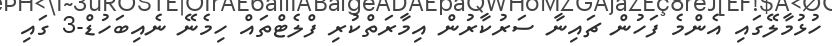
ހުޅުމާލޭގައި އެންމެ ފަހުން ޗައިނާ ސަރުކާރުން އިމާރަތްކުރި ފްލެޓްތައް ހިމެނޭ ނެއިބަހުޑް-3 ގައި